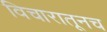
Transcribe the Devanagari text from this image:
विचारातूनच